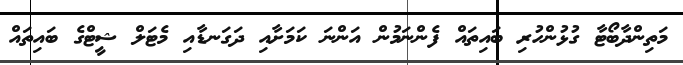
މަތިންދާބޯޓާ ގުޅުންހުރި ބައިތައް ފެންނަމުން އަންނަ ކަމަށާއި ދަގަނޑާއި މެޓަލް ޝީޓްގެ ބައިތައް